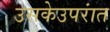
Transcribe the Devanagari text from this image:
उसकेउपरांत